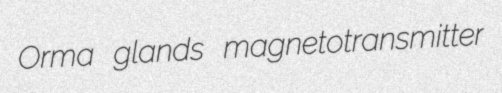
Orma glands magnetotransmitter